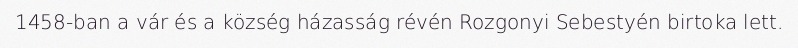
1458-ban a vár és a község házasság révén Rozgonyi Sebestyén birtoka lett.